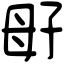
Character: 㝀